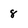
Character: 8